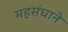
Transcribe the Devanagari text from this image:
महसंघाने